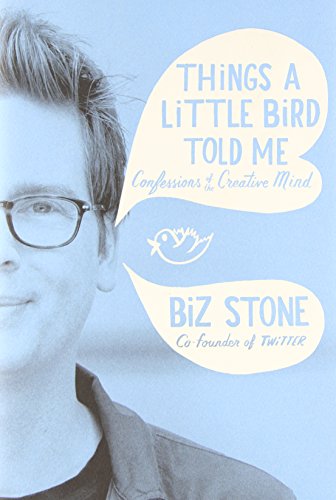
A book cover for Things a Little Bird Told Me: Confessions of the Creative Mind; Biz Stone; Computers & Technology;